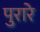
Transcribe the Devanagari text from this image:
पुरारे